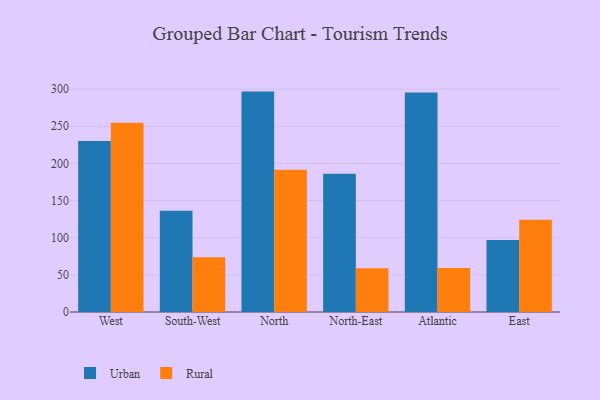
{"axis": {"x": "Region", "y": "Backlog"}, "legend": ["Rural", "Urban"], "data": [{"x": "West", "y": 230.1, "type": "Urban"}, {"x": "West", "y": 254.7, "type": "Rural"}, {"x": "South-West", "y": 136.4, "type": "Urban"}, {"x": "South-West", "y": 73.6, "type": "Rural"}, {"x": "North", "y": 296.7, "type": "Urban"}, {"x": "North", "y": 191.6, "type": "Rural"}, {"x": "North-East", "y": 186.1, "type": "Urban"}, {"x": "North-East", "y": 58.8, "type": "Rural"}, {"x": "Atlantic", "y": 295.4, "type": "Urban"}, {"x": "Atlantic", "y": 59.1, "type": "Rural"}, {"x": "East", "y": 96.8, "type": "Urban"}, {"x": "East", "y": 124.3, "type": "Rural"}]}